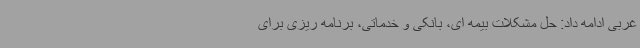
غربی ادامه داد: حل مشکلات بیمه ای، بانکی و خدماتی، برنامه ریزی برای